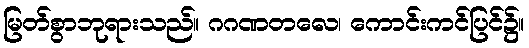
မြတ်စွာဘုရားသည်။ ဂဂဏတလေ၊ ကောင်းကင်ပြင်၌။